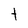
Character: t